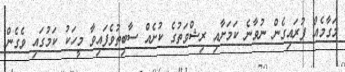
މަގާމެއް ފުރައިގެން ނުވާނެ ކަމަށާއި ރިޝްވަތުގެ ކުށެއް ސާބިތުވެފައިވާ މީހަކު ކަމުގައި ވެގެން